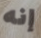
إنه